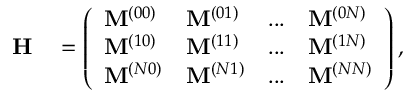
\begin{array} { r l } { \mathbf { H } } & { { } = \left( \begin{array} { l l l l } { \mathbf { M } ^ { ( 0 0 ) } } & { \mathbf { M } ^ { ( 0 1 ) } } & { . . . } & { \mathbf { M } ^ { ( 0 N ) } } \\ { \mathbf { M } ^ { ( 1 0 ) } } & { \mathbf { M } ^ { ( 1 1 ) } } & { . . . } & { \mathbf { M } ^ { ( 1 N ) } } \\ { \mathbf { M } ^ { ( N 0 ) } } & { \mathbf { M } ^ { ( N 1 ) } } & { . . . } & { \mathbf { M } ^ { ( N N ) } } \end{array} \right) , } \end{array}